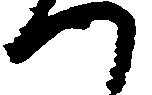
つ